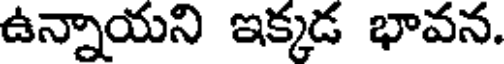
ఉన్నాయని ఇక్కడ భావన.